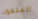
الملعون